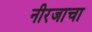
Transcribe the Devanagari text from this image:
नीरजाचा